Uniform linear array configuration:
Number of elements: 8
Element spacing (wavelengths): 0.5
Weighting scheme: uniform
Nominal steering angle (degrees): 0
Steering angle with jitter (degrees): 1.614
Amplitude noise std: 0.05
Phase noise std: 0.05

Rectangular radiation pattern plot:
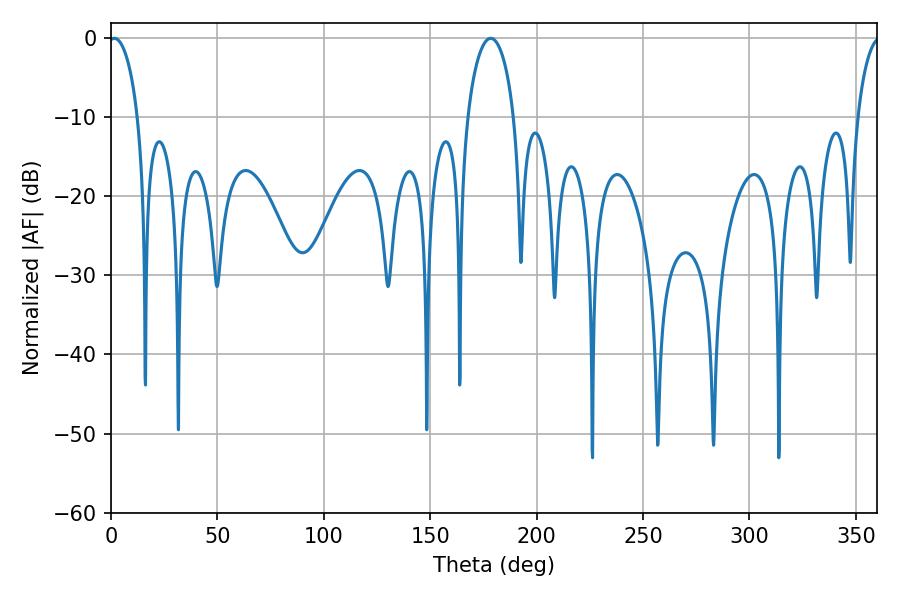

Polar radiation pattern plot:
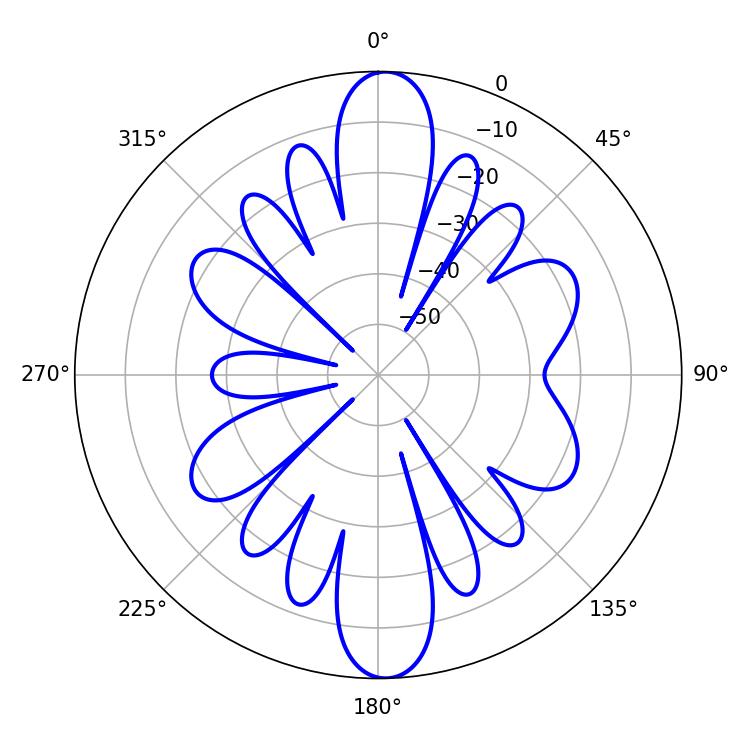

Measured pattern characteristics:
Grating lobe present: FALSE
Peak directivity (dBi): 20.89
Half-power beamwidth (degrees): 7.92
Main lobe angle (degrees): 1.62